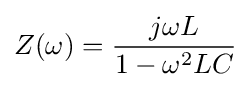
Z(\omega )={\frac {j\omega L}{1-\omega ^{2}LC}}